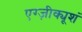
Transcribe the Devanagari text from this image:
एग्ज़ीक्यूशं